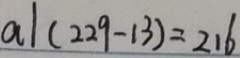
a \vert ( 2 2 9 - 1 3 ) = 2 1 6